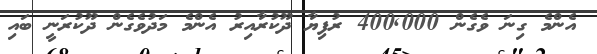
އެންމެ ގިނަ ވެގެން 400